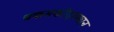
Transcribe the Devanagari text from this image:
चकमकीदरम्यान